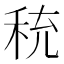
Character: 𬓦